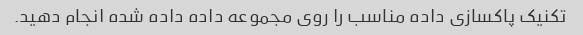
تکنیک پاکسازی داده مناسب را روی مجموعه داده داده شده انجام دهید.